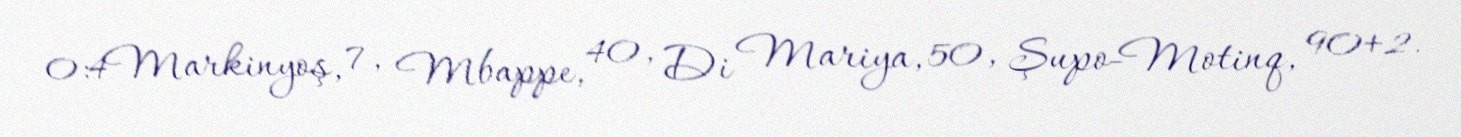
0:4Markinyoş, 7, Mbappe, 40, Di Mariya, 50, Şupo-Motinq, 90+2.